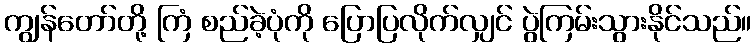
ကျွန်တော်တို့ ကြံ စည်ခဲ့ပုံကို ပြောပြလိုက်လျှင် ပွဲကြမ်းသွားနိုင်သည်။